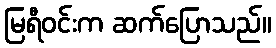
မြရီဝင်းက ဆက်ပြောသည်။